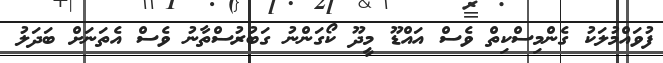
ފުވައްމުލަކު ގެންމިސްކިތް ވެސް އައްޑޫ މީދޫ ކޯގަންނު ގަބުރުސްތާނު ވެސް އެތަނަށް ބަދަލު